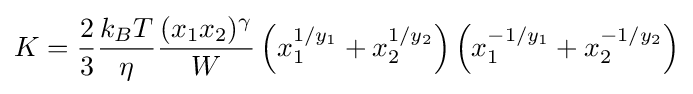
K={\frac {2}{3}}{\frac {k_{B}T}{\eta }}{\frac {(x_{1}x_{2})^{\gamma }}{W}}\left(x_{1}^{1/y_{1}}+x_{2}^{1/y_{2}}\right)\left(x_{1}^{-1/y_{1}}+x_{2}^{-1/y_{2}}\right)